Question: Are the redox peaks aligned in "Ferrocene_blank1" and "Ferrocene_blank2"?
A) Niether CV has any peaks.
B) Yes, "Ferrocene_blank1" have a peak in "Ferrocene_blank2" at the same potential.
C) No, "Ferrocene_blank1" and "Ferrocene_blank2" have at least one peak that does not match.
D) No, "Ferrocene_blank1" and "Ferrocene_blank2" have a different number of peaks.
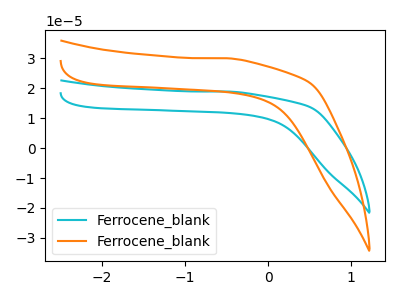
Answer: <think>The cyan curve "Ferrocene_blank1" has no peaks. The orange curve "Ferrocene_blank2" has no peaks.</think>
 <answer>A) Niether CV has any peaks.</answer>
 <eval>A</eval>